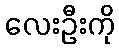
လေးဦးကို